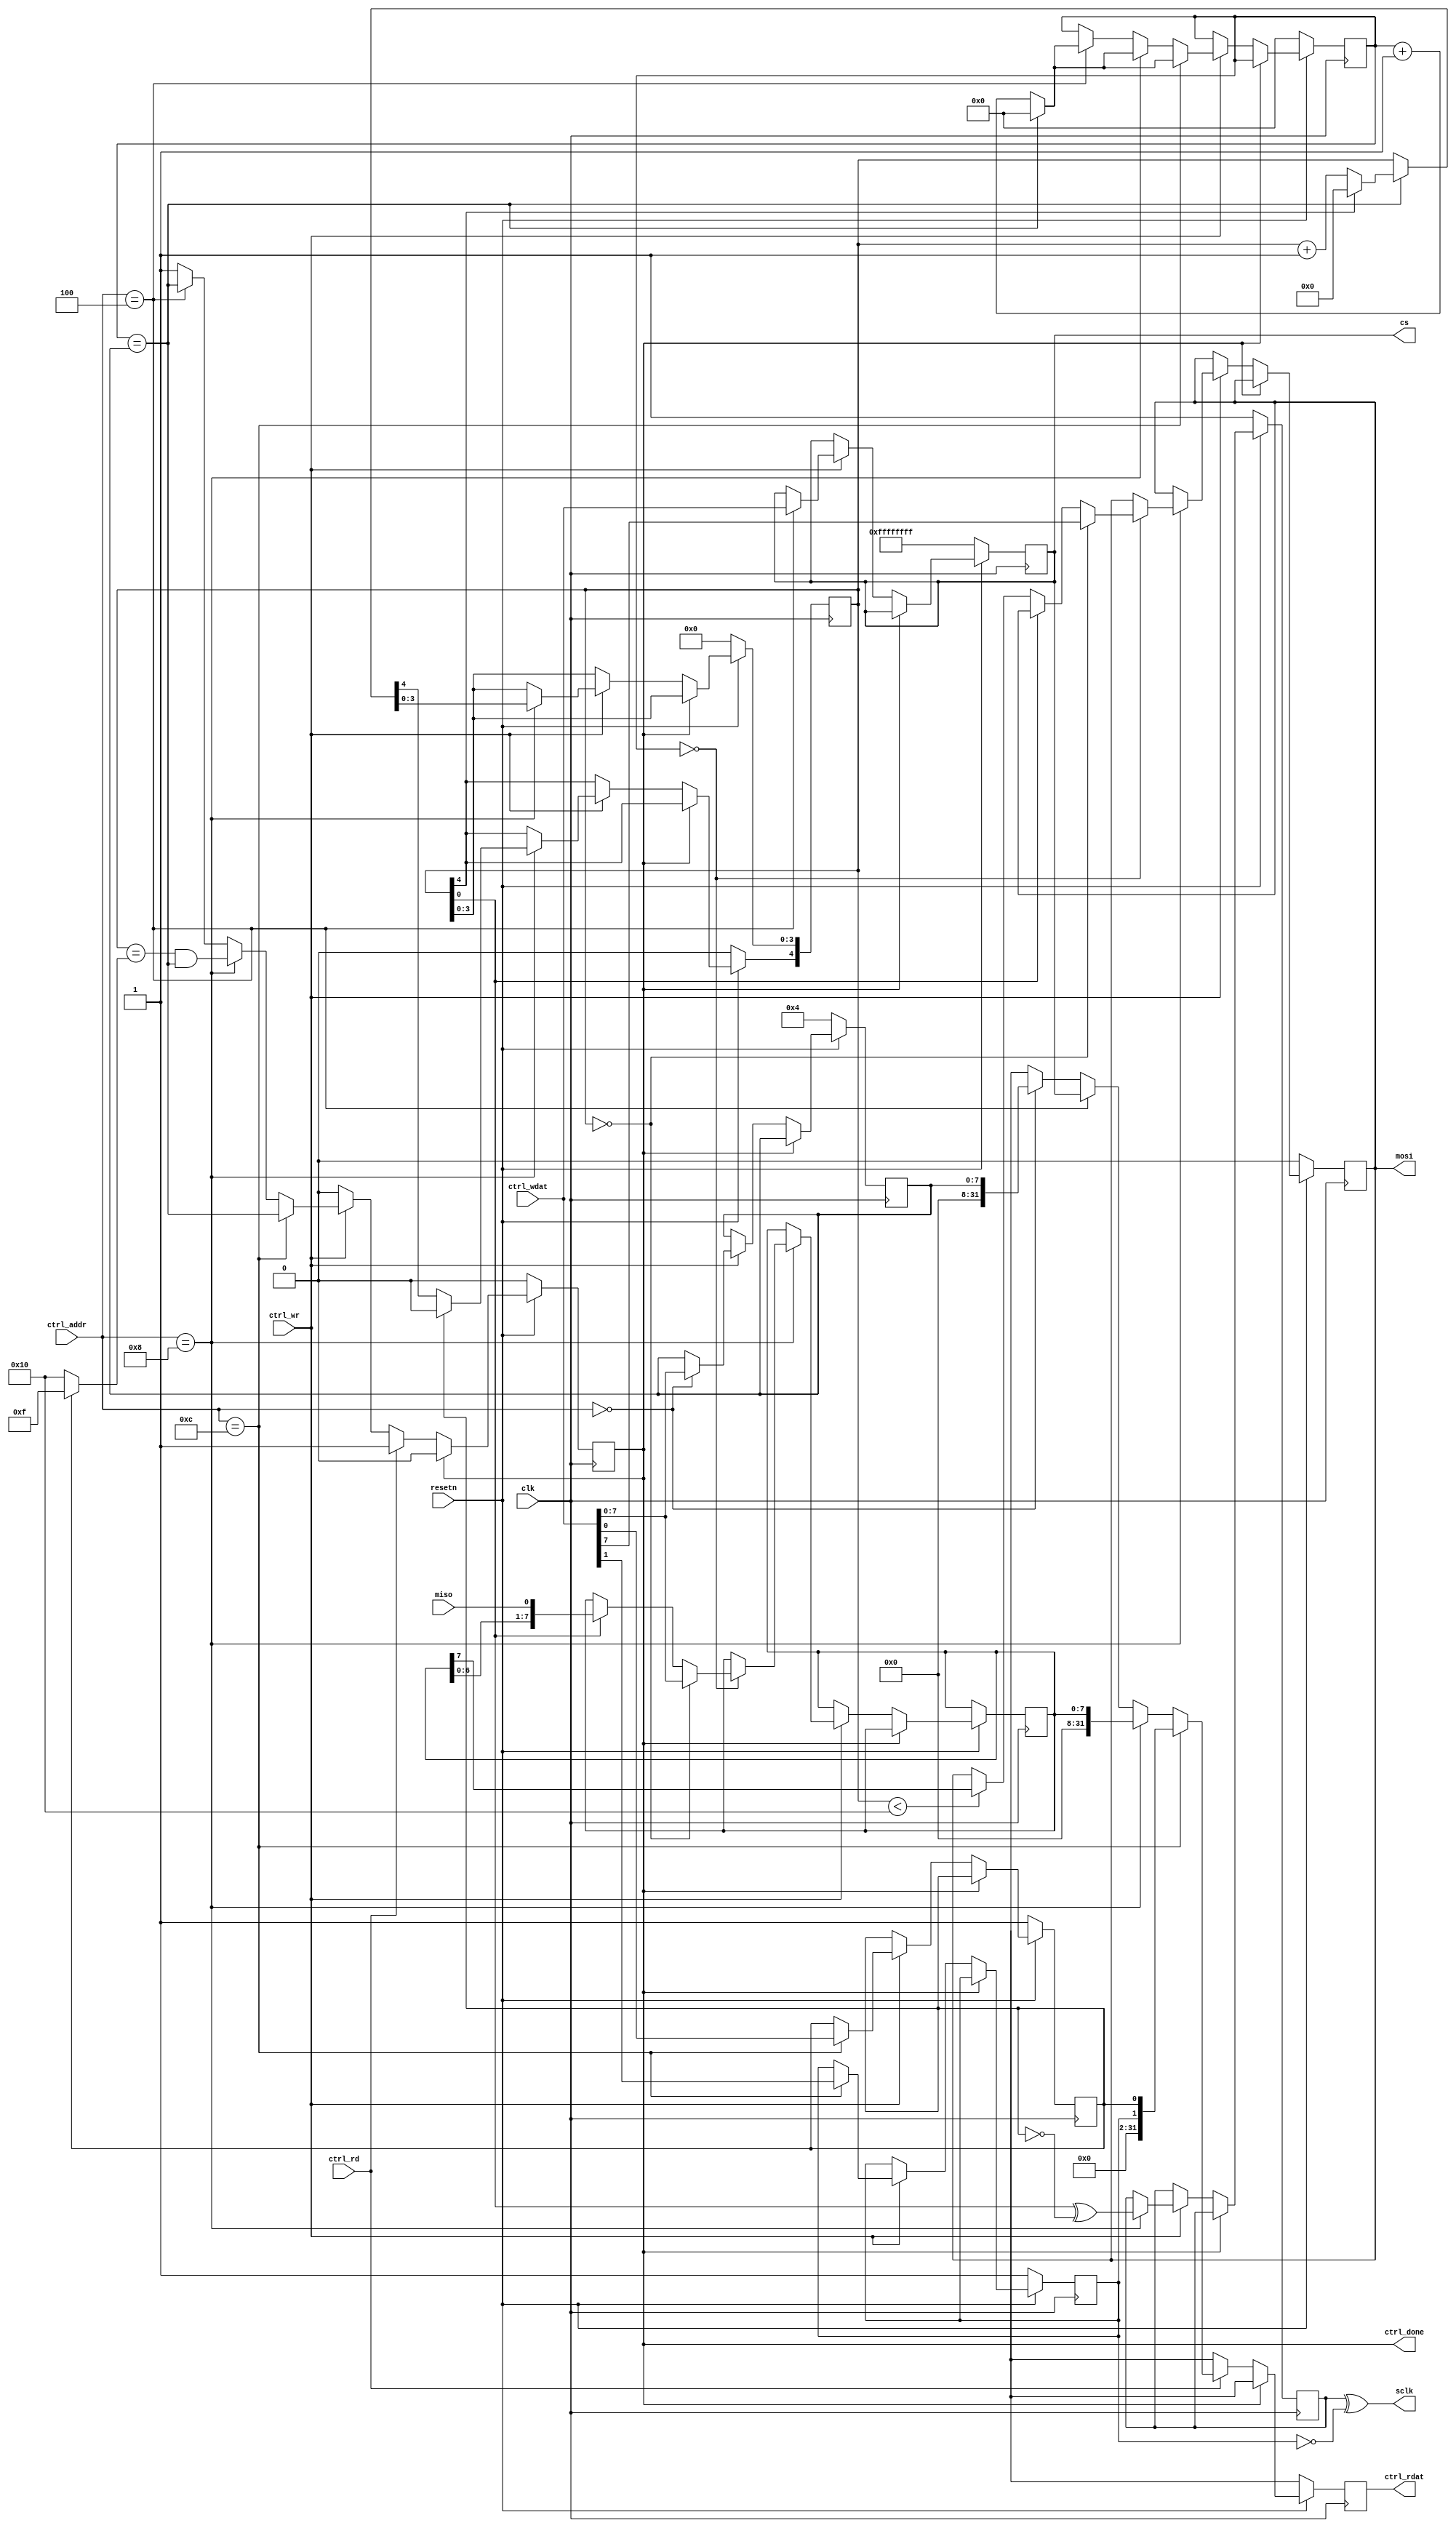
module spi #(
	parameter integer CLOCK_FREQ_HZ = 0,
	parameter integer CS_LENGTH = 32
) (
	input clk,
	input resetn,

	input ctrl_wr,
	input ctrl_rd,
	input [ 7:0] ctrl_addr,
	input [31:0] ctrl_wdat,
	output reg [31:0] ctrl_rdat,
	output reg ctrl_done,

	output [CS_LENGTH-1:0] cs,
   output mosi,
   input miso,
   output sclk
);
	wire spi_miso;
	reg spi_mosi, spi_sclk;
	reg [CS_LENGTH-1:0] spi_cs;

	reg mode_cpol;
	reg mode_cpha;

	reg [7:0] prescale_cnt;
	reg [7:0] prescale_cfg;
	reg [7:0] spi_data;
	reg [4:0] spi_state;

        assign sclk = spi_sclk ^ ~mode_cpol;
        assign cs = spi_cs;
        assign spi_miso = miso;
		  assign mosi = spi_mosi;

	always @(posedge clk) begin
		ctrl_rdat <= 'bx;
		ctrl_done <= 0;
		if (!resetn) begin
			spi_mosi <= 0;
			spi_sclk <= 1;
			spi_cs <= ~0;

			mode_cpol <= 1;
			mode_cpha <= 1;
			prescale_cnt <= 0;
			prescale_cfg <= 4;
			spi_state <= 0;
		end else
		if (!ctrl_done) begin
			if (ctrl_wr) begin
				ctrl_done <= 1;
				if (ctrl_addr == 'h00) prescale_cfg <= ctrl_wdat;
				if (ctrl_addr == 'h04) begin
					spi_cs <= ctrl_wdat;
					ctrl_done <= prescale_cnt == prescale_cfg;
					prescale_cnt <= prescale_cnt == prescale_cfg ? 0 : prescale_cnt + 1;
				end
				if (ctrl_addr == 'h08) begin
					if (!prescale_cnt) begin
						if (spi_state == 0) begin
							spi_data <= ctrl_wdat;
							spi_mosi <= ctrl_wdat[7];
						end else begin
							if (spi_state[0])
								spi_data <= {spi_data, spi_miso};
							else if (spi_state < 16)
								spi_mosi <= spi_data[7];
						end
					end
					spi_sclk <= spi_state[0] ^ ~mode_cpha;
					ctrl_done <= spi_state == (mode_cpha ? 15 : 16) && prescale_cnt == prescale_cfg;
					spi_state <= prescale_cnt == prescale_cfg ? (spi_state[4] ? 0 : spi_state + 1) : spi_state;
					if (mode_cpha) spi_state[4] <= 0;
					prescale_cnt <= prescale_cnt == prescale_cfg ? 0 : prescale_cnt + 1;
				end
				if (ctrl_addr == 'h0c) begin
					{mode_cpol, mode_cpha} <= ctrl_wdat;
					ctrl_done <= prescale_cnt == prescale_cfg;
					prescale_cnt <= prescale_cnt == prescale_cfg ? 0 : prescale_cnt + 1;
				end
			end
			if (ctrl_rd) begin
				ctrl_done <= 1;
				if (ctrl_addr == 'h00) ctrl_rdat <= prescale_cfg;
				if (ctrl_addr == 'h04) ctrl_rdat <= spi_cs;
				if (ctrl_addr == 'h08) ctrl_rdat <= spi_data;
				if (ctrl_addr == 'h0c) ctrl_rdat <= {mode_cpol, mode_cpha};
			end
		end
	end
endmodule